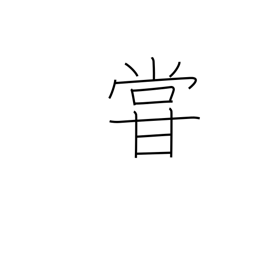
Meaning: underrate